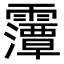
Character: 䨵